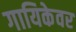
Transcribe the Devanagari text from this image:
गायिकेवर